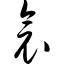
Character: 衾